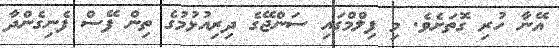
އޭނާ ހުރި ގޮތަށެވެ. މި ފިލްމްގައި ސަންޖޭގެ ދިރިއުޅުމުގެ ތިން ފޭސް ފެނިގެންދާ